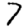
Digit: 7